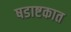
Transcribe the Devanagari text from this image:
षडाष्टकात